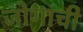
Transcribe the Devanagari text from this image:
जोगांची